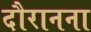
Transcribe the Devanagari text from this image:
दौरानना